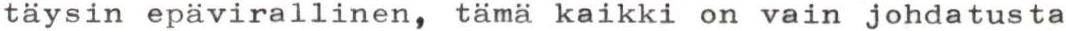
täysin epävirallinen, tämä kaikki on vain johdatusta